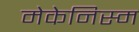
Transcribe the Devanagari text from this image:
मेकेनिस्म